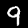
Label: 9